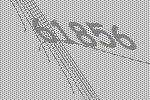
61856